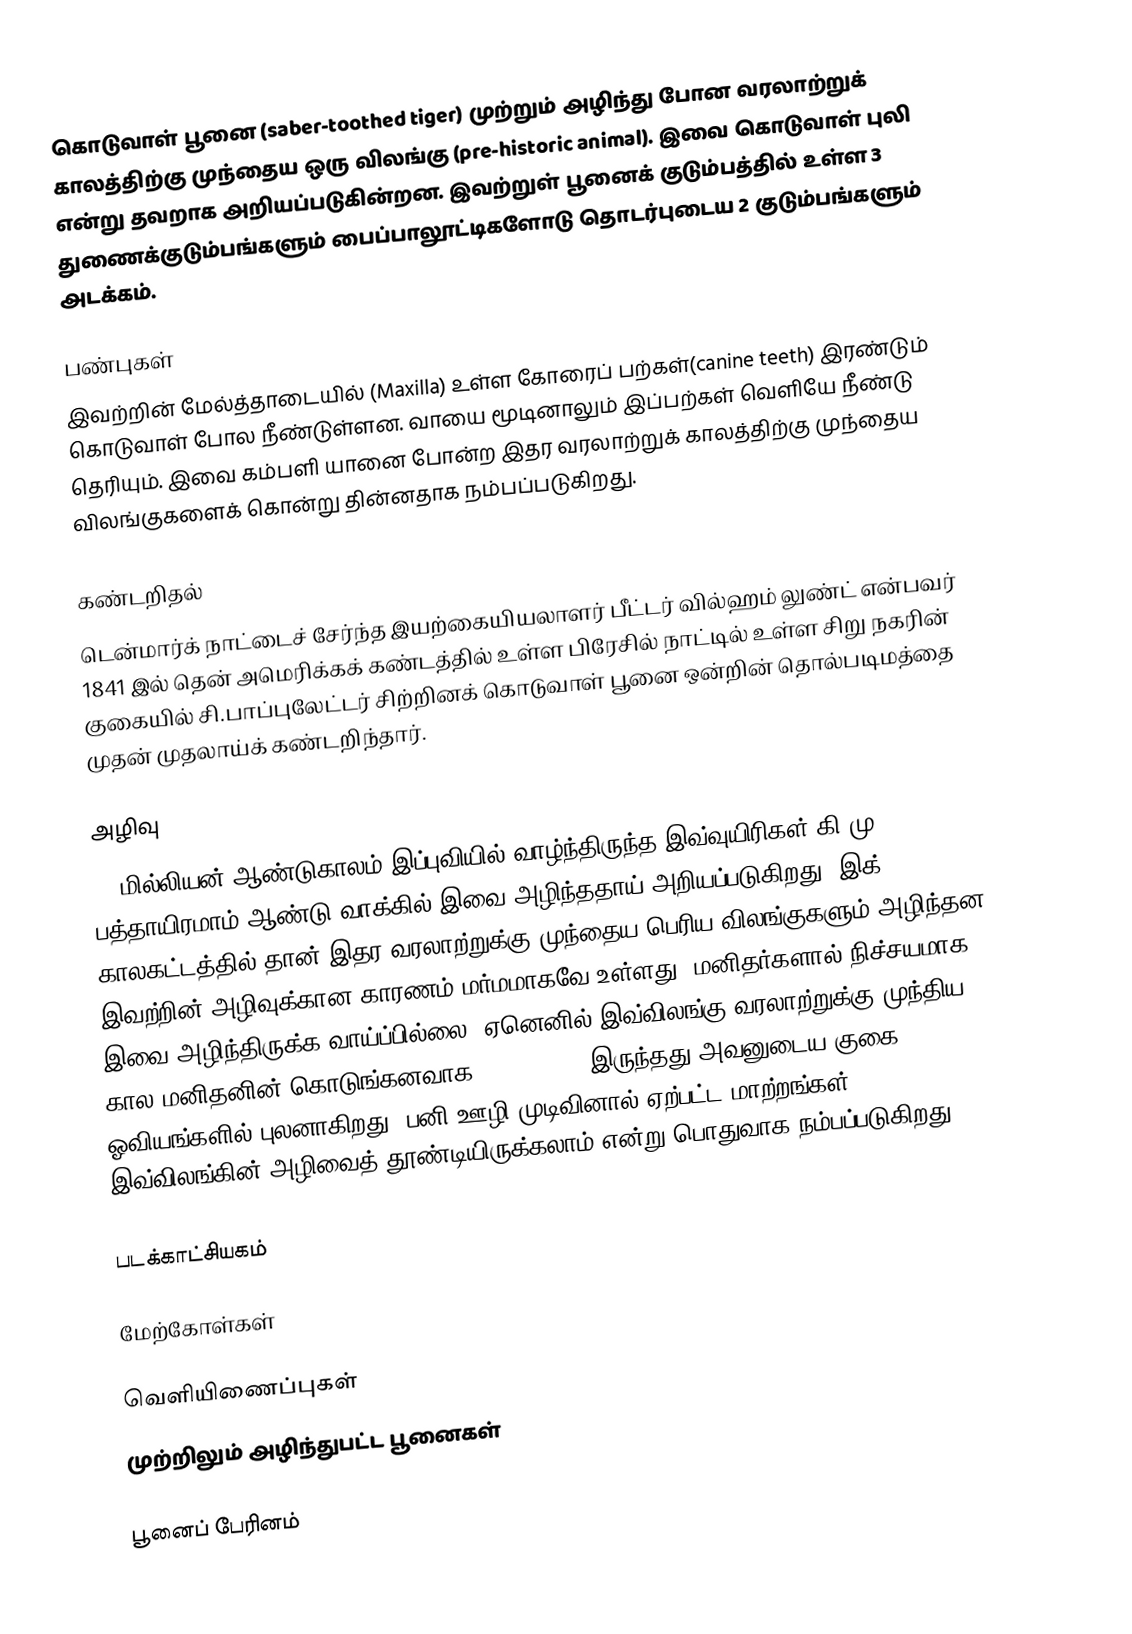
கொடுவாள் பூனை (saber-toothed tiger) முற்றும் அழிந்து போன வரலாற்றுக் காலத்திற்கு முந்தைய ஒரு விலங்கு (pre-historic animal). இவை கொடுவாள் புலி என்று தவறாக அறியப்படுகின்றன. இவற்றுள் பூனைக் குடும்பத்தில் உள்ள 3 துணைக்குடும்பங்களும் பைப்பாலூட்டிகளோடு தொடர்புடைய 2 குடும்பங்களும் அடக்கம்.

பண்புகள்
இவற்றின் மேல்த்தாடையில் (Maxilla) உள்ள கோரைப் பற்கள்(canine teeth) இரண்டும் கொடுவாள் போல நீண்டுள்ளன. வாயை மூடினாலும் இப்பற்கள் வெளியே நீண்டு தெரியும். இவை கம்பளி யானை போன்ற இதர வரலாற்றுக் காலத்திற்கு முந்தைய விலங்குகளைக் கொன்று தின்னதாக நம்பப்படுகிறது.

கண்டறிதல்
டென்மார்க் நாட்டைச் சேர்ந்த இயற்கையியலாளர் பீட்டர் வில்ஹம் லுண்ட் என்பவர் 1841 இல் தென் அமெரிக்கக் கண்டத்தில் உள்ள பிரேசில் நாட்டில் உள்ள சிறு நகரின் குகையில் சி.பாப்புலேட்டர் சிற்றினக் கொடுவாள் பூனை ஒன்றின் தொல்படிமத்தை முதன் முதலாய்க் கண்டறிந்தார்.

அழிவு
42 மில்லியன் ஆண்டுகாலம் இப்புவியில் வாழ்ந்திருந்த இவ்வுயிரிகள் கி.மு. பத்தாயிரமாம் ஆண்டு வாக்கில் இவை அழிந்ததாய் அறியப்படுகிறது. இக் காலகட்டத்தில் தான் இதர வரலாற்றுக்கு முந்தைய பெரிய விலங்குகளும் அழிந்தன. இவற்றின் அழிவுக்கான காரணம் மர்மமாகவே உள்ளது. மனிதர்களால் நிச்சயமாக இவை அழிந்திருக்க வாய்ப்பில்லை. ஏனெனில் இவ்விலங்கு வரலாற்றுக்கு முந்திய கால மனிதனின் கொடுங்கனவாக (nightmare) இருந்தது அவனுடைய குகை ஓவியங்களில் புலனாகிறது. பனி ஊழி முடிவினால் ஏற்பட்ட மாற்றங்கள் இவ்விலங்கின் அழிவைத் தூண்டியிருக்கலாம் என்று பொதுவாக நம்பப்படுகிறது.

படக்காட்சியகம்

மேற்கோள்கள்

வெளியிணைப்புகள்
 முற்றிலும் அழிந்துபட்ட பூனைகள்

பூனைப் பேரினம்